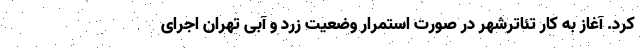
کرد. آغاز به کار تئاترشهر در صورت استمرار وضعیت زرد و آبی تهران اجرای